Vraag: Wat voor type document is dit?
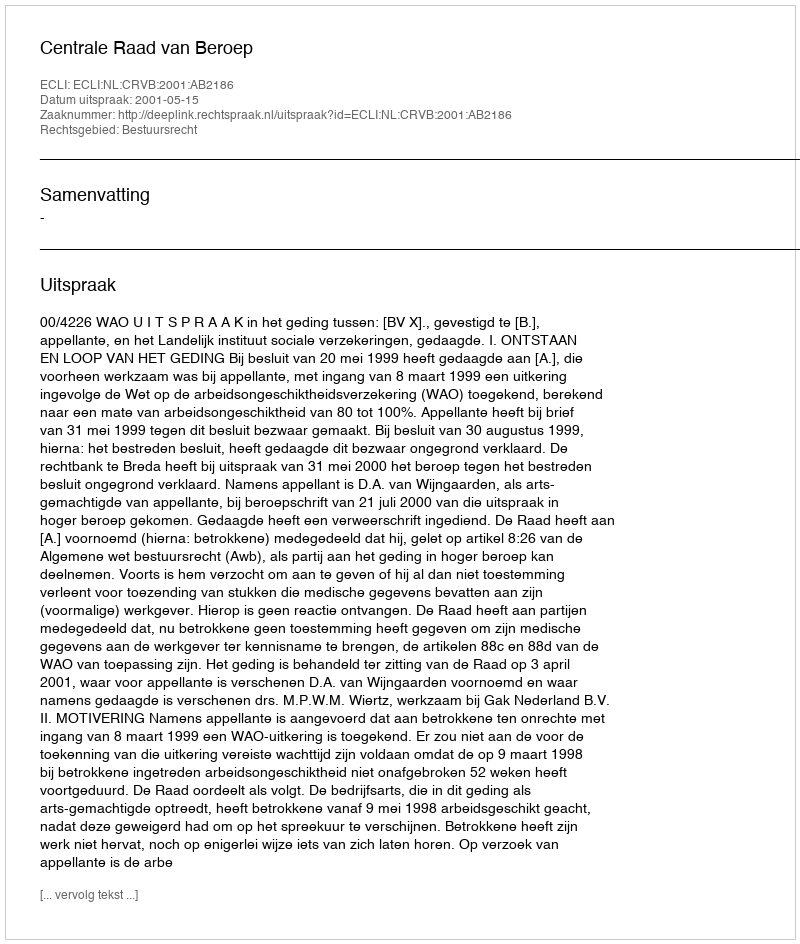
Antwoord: Uitspraak